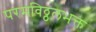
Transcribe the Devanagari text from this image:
परमविठ्ठलभक्त